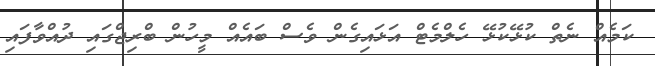
ކަމެއް ނެތް ކުޅޭކުޅޭ ހެލްމެޓް އަޅައިގެން ވެސް ބައެއް މީހުން ބްރިޖްގައި ދުއްވާފައި